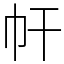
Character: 𢁗